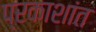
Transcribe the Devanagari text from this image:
प्रकाशांत